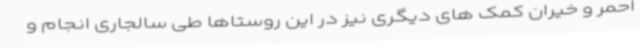
احمر و خیران کمک های دیگری نیز در این روستاها طی سالجاری انجام و